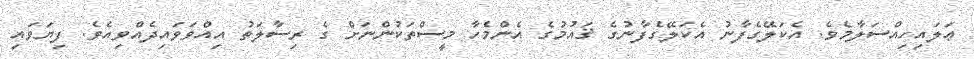
ޢަލައިހިއްސަލާމެވެ. އެކަލޭގެފާނު އެކަލޭގެފާނުގެ ޤައުމުގެ އެންމެހާ މީސްތަކުންނަށް ގެ ރިސާލަތު އިއްވަވައިދެއްވިއެވެ. ފިޔަވައި